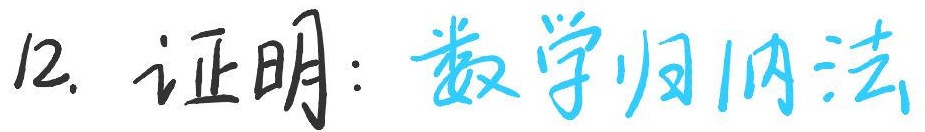
12. 证明：数学归纳法